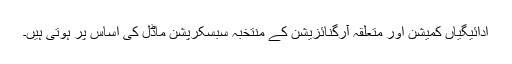
ادائیگیاں کمیشن اور متعلقہ آرگنائزیشن کے منتخبہ سبسکرپشن ماڈل کی اساس پر ہوتی ہیں۔